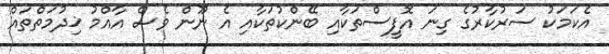
އެކަމަކު ސަރުކާރުގެ ގިނަ އޮފީސްތަކާއި ބޭންކުތަކާއި އެ ނޫން ވެސް އާއްމު ޚިދުމަތްތައް